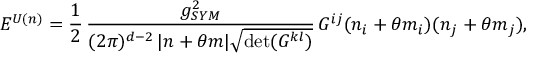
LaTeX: { \cal E } ^ { U ( n ) } = \frac { 1 } { 2 } \, \frac { g _ { S Y M } ^ { 2 } } { ( 2 \pi ) ^ { d - 2 } \, | n + \theta m | \sqrt { \operatorname * { d e t } ( G ^ { k l } ) } } \, G ^ { i j } ( n _ { i } + \theta m _ { i } ) ( n _ { j } + \theta m _ { j } ) ,